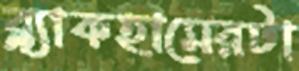
ব্ল্যাকহামেরটা